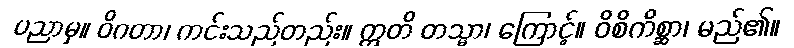
ပညာမှ။ ဝိဂတာ၊ ကင်းသည်တည်း။ ဣတိ တသ္မာ၊ ကြောင့်။ ဝိစိကိစ္ဆာ၊ မည်၏။